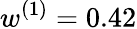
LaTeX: {w^{(1)}=0.42}